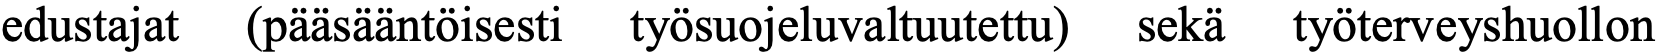
edustajat (pääsääntöisesti työsuojeluvaltuutettu) sekä työterveyshuollon